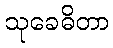
သုခေဓိတာ